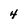
Character: 4